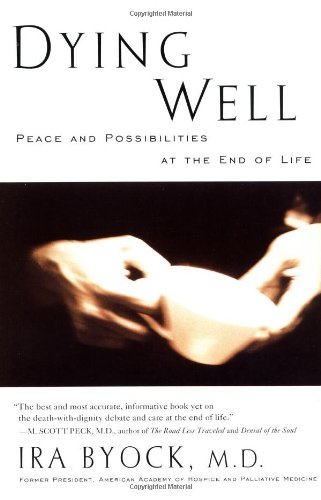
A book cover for Dying Well: Peace and Possibilities at the End of Life; Ira Byock MD; Self-Help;